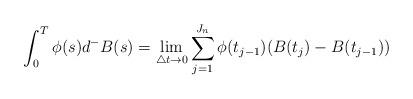
LaTeX: \begin{align*}\int_0^T\phi(s)d^-B(s) = \lim _{\triangle t\rightarrow0}\sum_{j=1}^{J_n}\phi(t_{j-1})(B(t_j)-B(t_{j-1}))\end{align*}